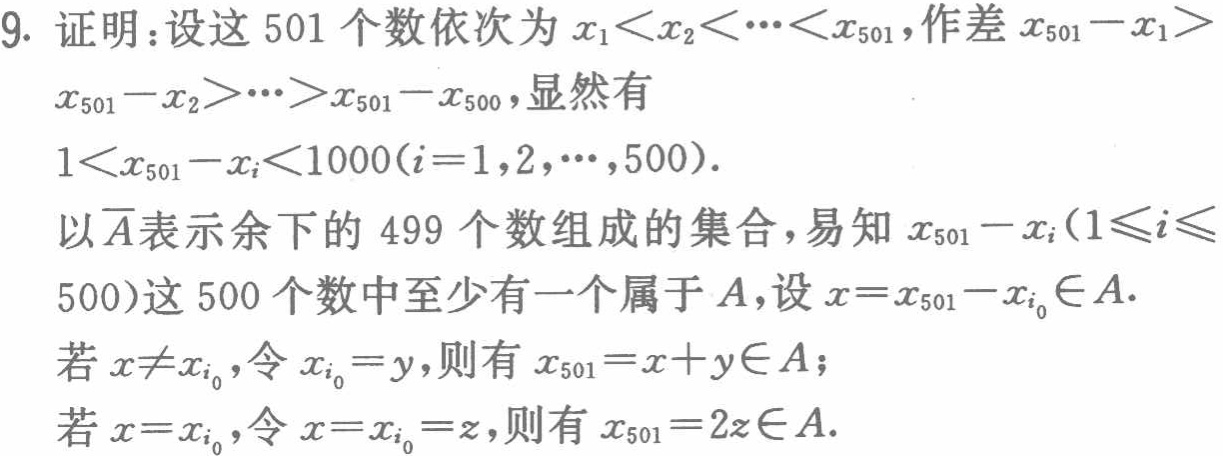
9. 证明：设这 501 个数依次为 \(x_1<x_2<\cdots<x_{501}\)，作差 \(x_{501}-x_1>x_{501}-x_2>\cdots>x_{501}-x_{500}\)，显然有

\(1<x_{501}-x_i<1000(i = 1,2,\cdots,500)\)。

以 \(\overline{A}\) 表示余下的 499 个数组成的集合，易知 \(x_{501}-x_i(1\leqslant i\leqslant500)\) 这 500 个数中至少有一个属于 \(A\)，设 \(x = x_{501}-x_{i_0}\in A\)。

若 \(x\neq x_{i_0}\)，令 \(x_{i_0}=y\)，则有 \(x_{501}=x + y\in A\)；

若 \(x = x_{i_0}\)，令 \(x = x_{i_0}=z\)，则有 \(x_{501}=2z\in A\)。